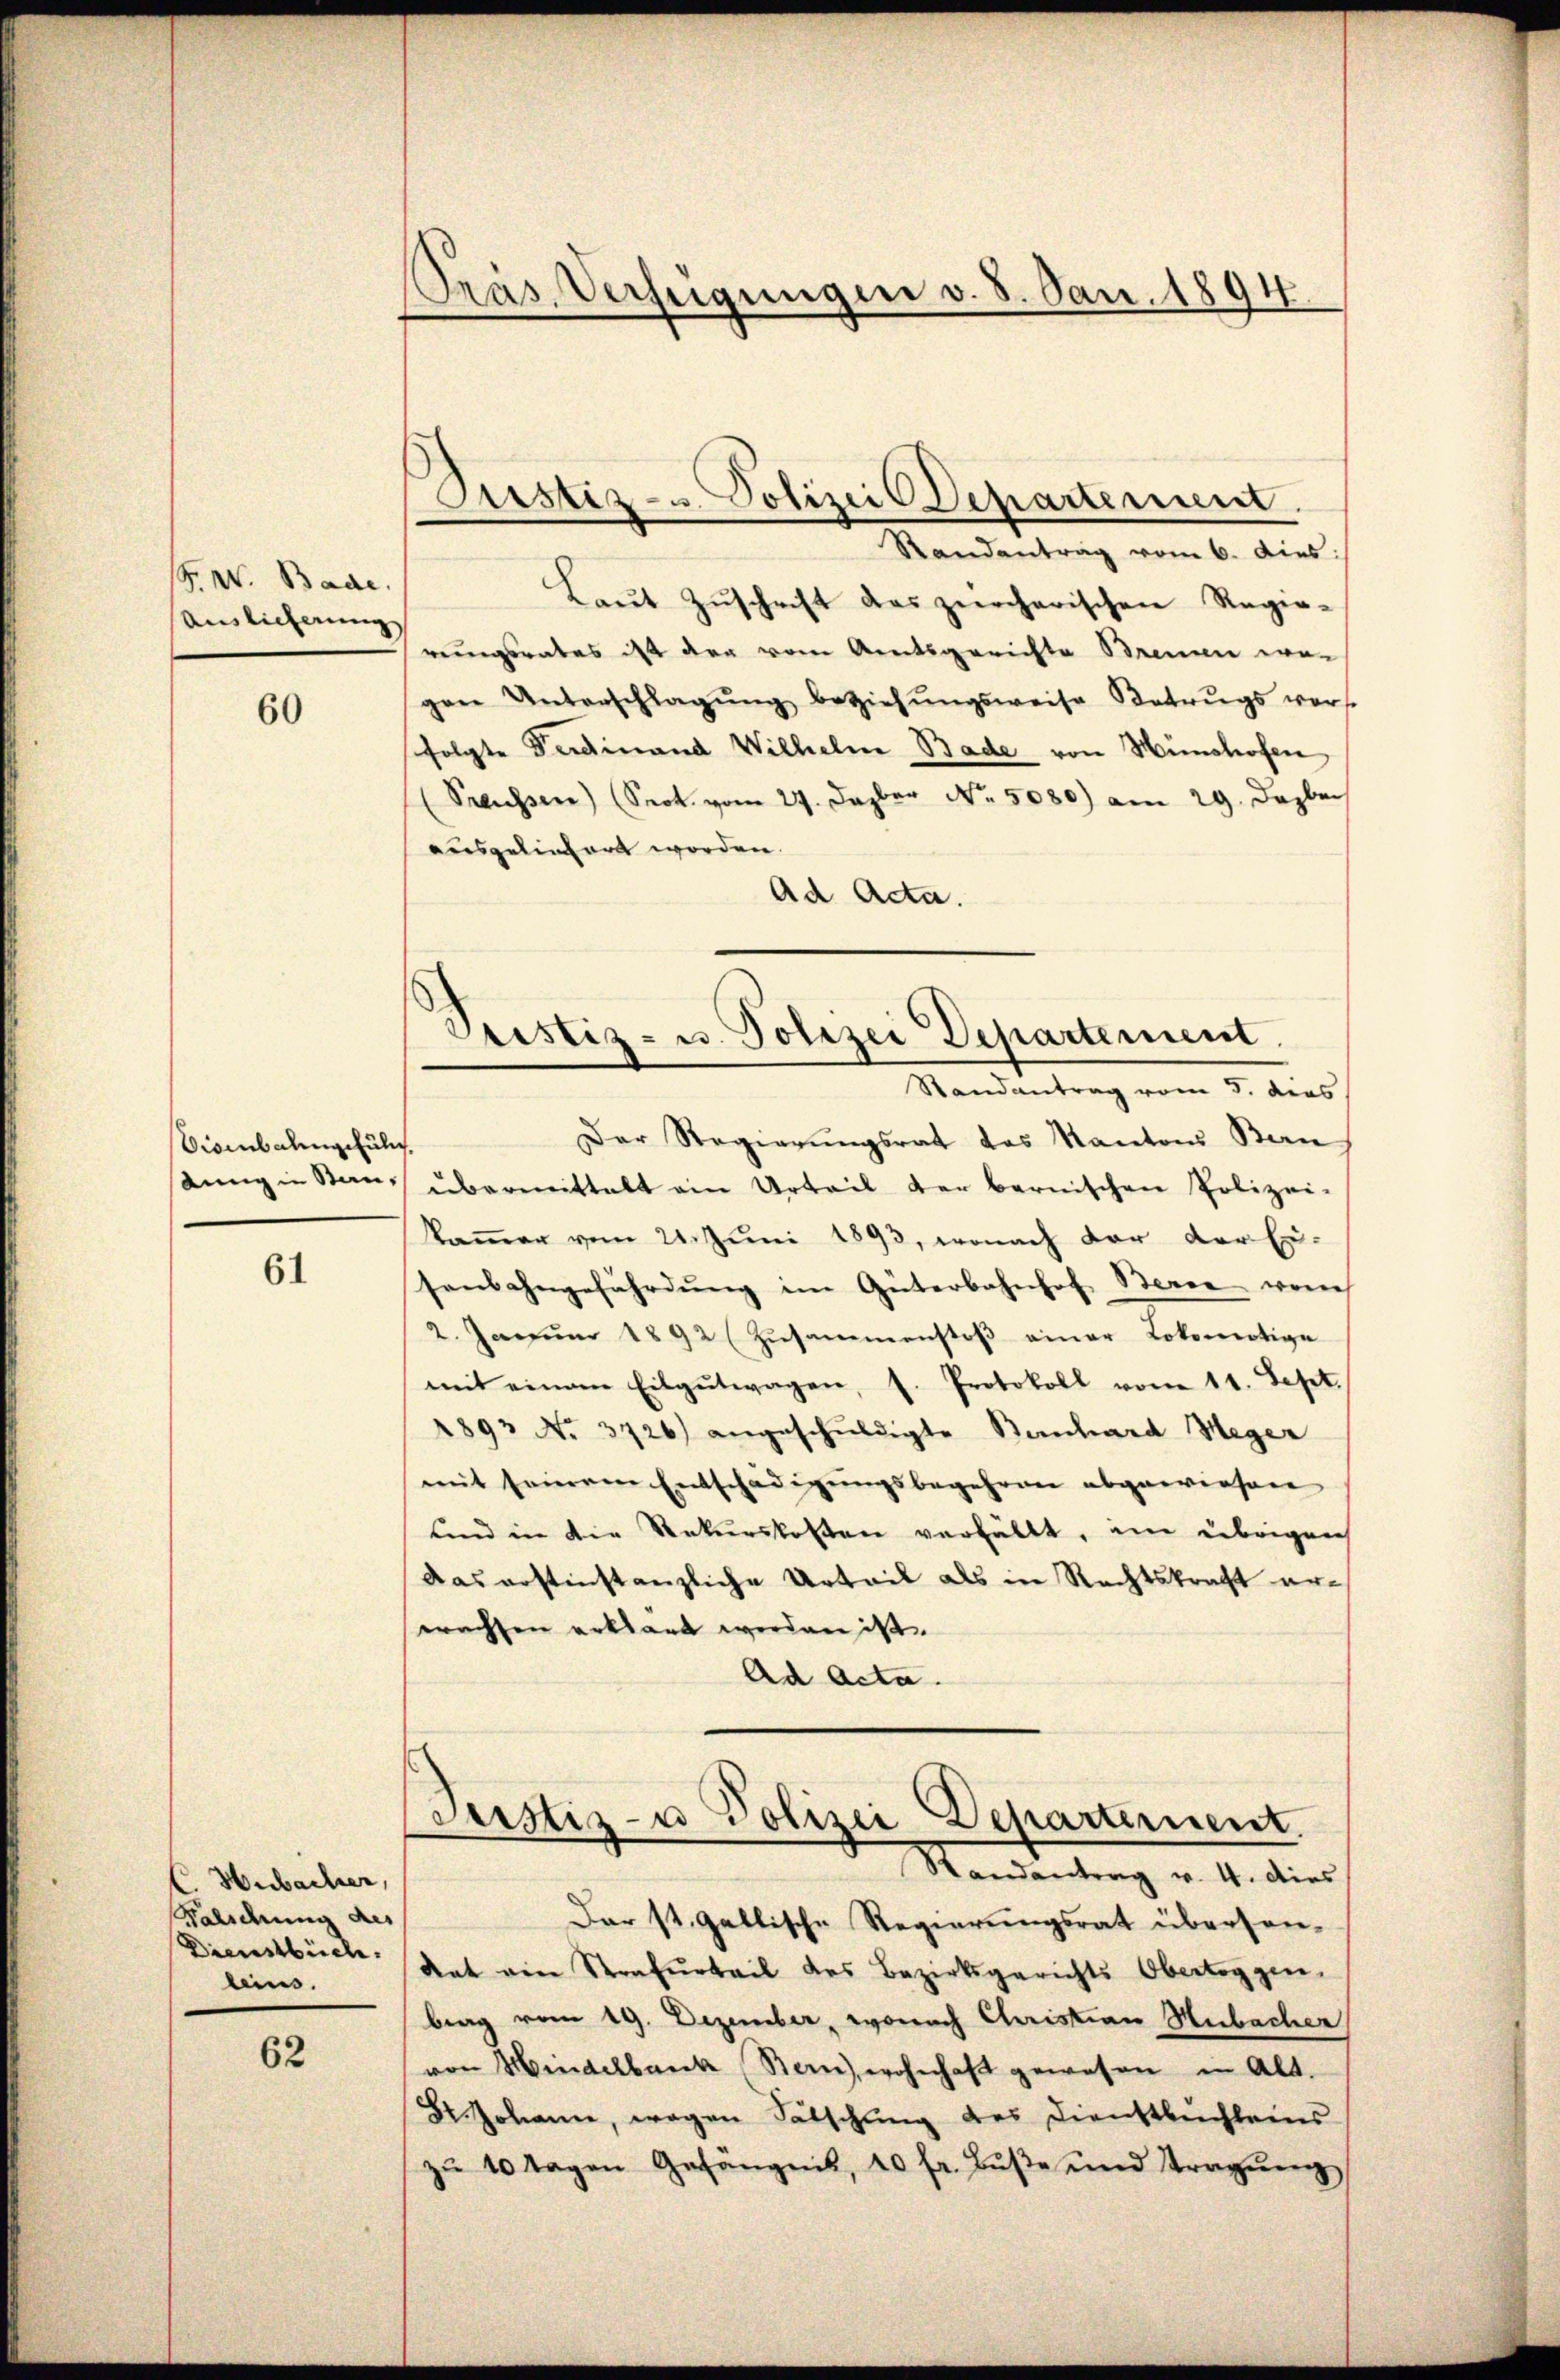
F. W. Bade.
Auslieferung

60

Disenbalischule
iung in Stan¬

61

C. Hubacher,
Falschung des
Dienstbuch.
leins.

62

Präs. Verfügungen v. 8. Jan. 1894

Justiz- u. Polizei Departement
Randantrag vom 6. dies:

Pristiz- u. Polizei Departement.
Randantrag vom 3. das

Laŭt Zŭschrift des zürcherischen Regie-
rungsrates ist der vom Amtsgerichte Brennen wo-
gen Unterschlagŭng beziehŭngsweise Betrugs vers
folgte Ferdinand Wilhelm Bade von Hanshofen
(Preussen (Sept. vom 27. Dezber No. 5080) am 29. Dezbr
ausgeliefert worden.
Ad Acta.
Der Regierungsrat des Kantons Ban
übermittelt ein Urteil der bernischen Polizei-
kammer vom 21. Juni 1893, wonach der der Er-
senbahngefährdung im Güterbahnhof Berne weich
2. Januar 1892 (Zusammenstoß einer Lokomotige
mit einem Eilgŭtwagen, s. Protokoll vom 11. Sept.
1893 No 3726) angeschuldigte Bernhard Meger
mit seinem Entschädigungsbegehren abgewiesen
und in die Rekurskosten verfällt, im übrigen
das erstinstanzliche Urteil als in Rechtskraft erwachsen erklärt werden ist.
Ad Acta.

Justiz- u Polizei Departement.
Randantrag v. 4. dies

Der st. Gallische Regierungsrat übersen-
Rat ein Strafurteil des Bezirksgerichts Obertoggen,
brag vom 19. Dezember, wonach Christian Hubacher
von Hindelbank (Bern), wohnhaft gewesen in Alt.
Dr. Johann, wegen Sätschung des Dienstbuchleins
zŭ 10 Tagen Gefängnis, 10 fr. Bŭβe und Tragŭng